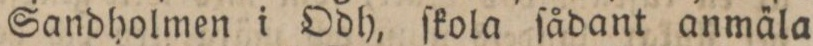
Sandholmen i Odh, ſkola ſådant anmäla